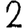
Digit: 2